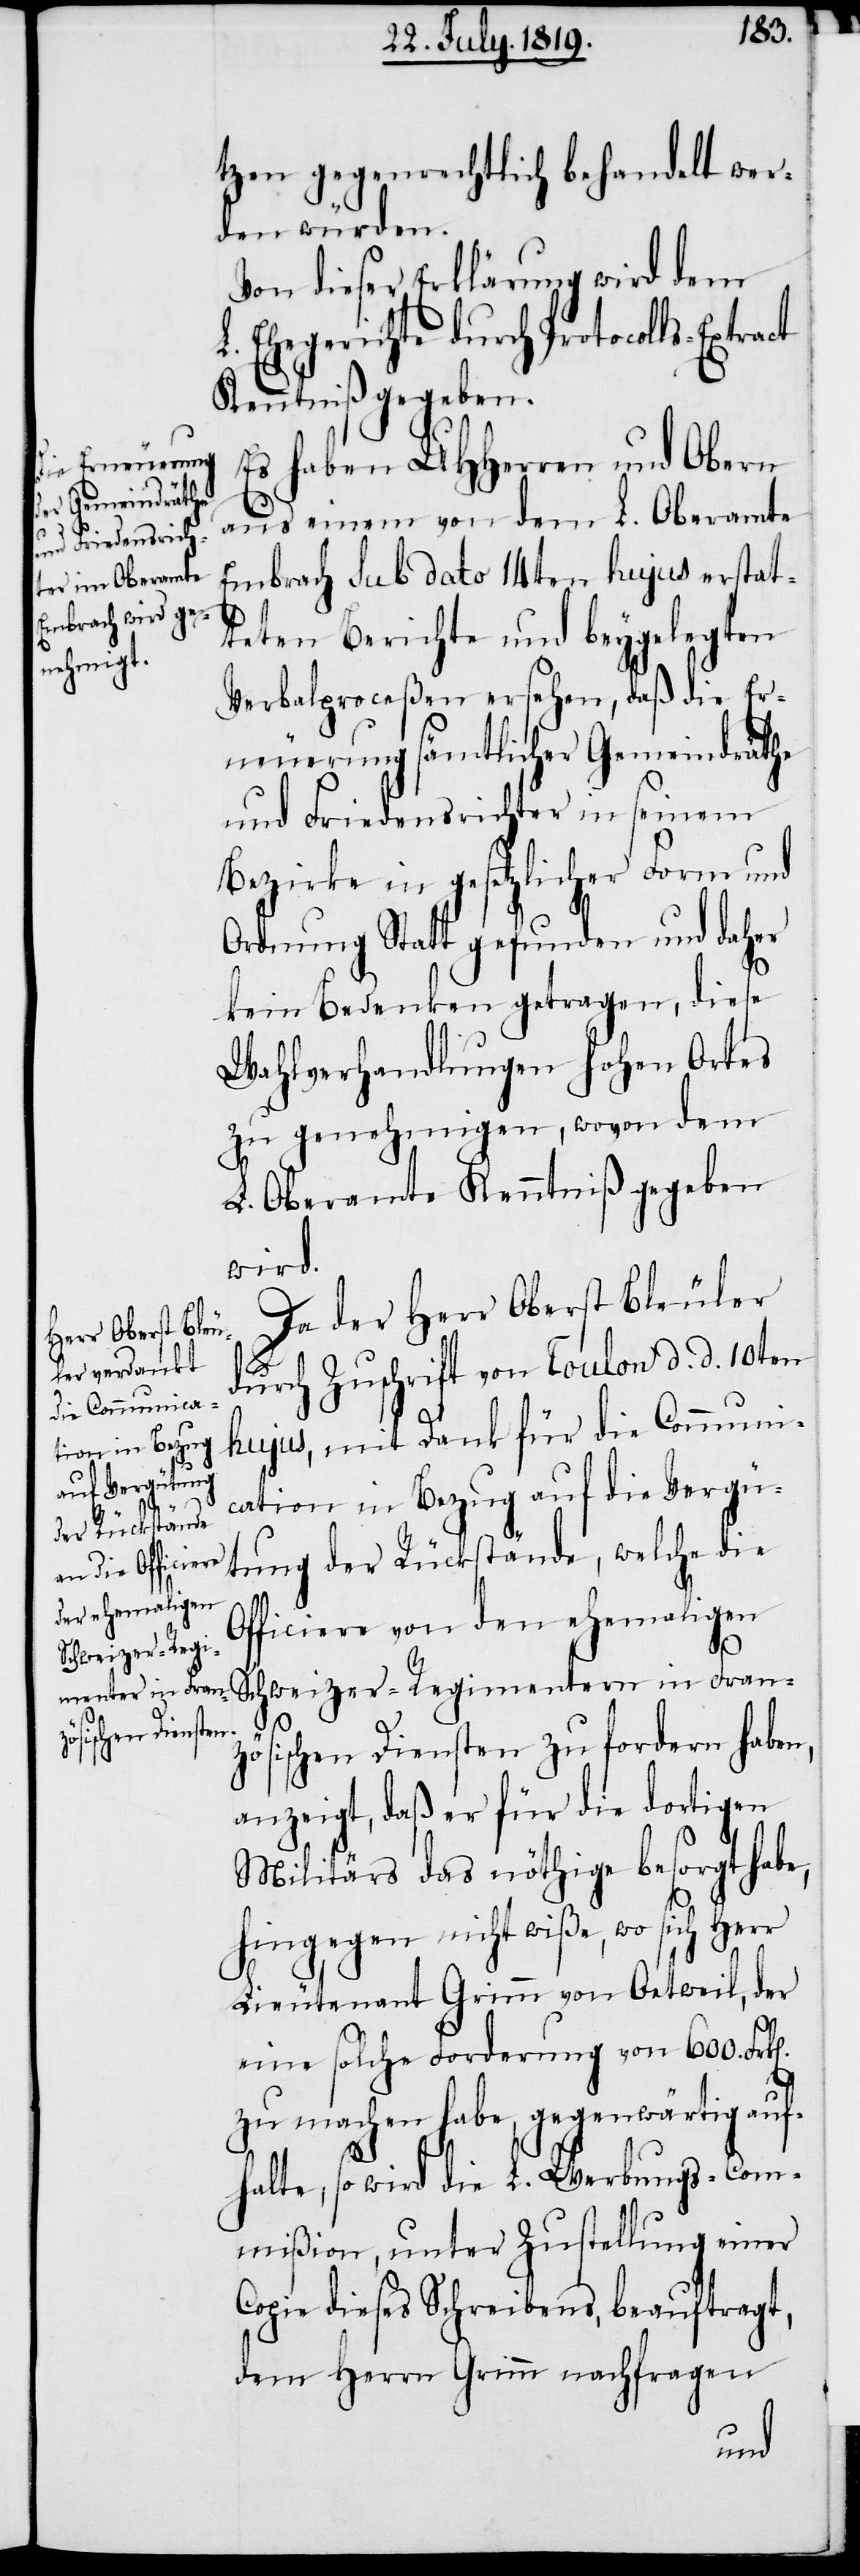
n].

tzen gegenrechtlich behandelt wer¬
den würden.
Von dieser Erklärung wird dem
L. Ehegerichte durch Protocolls-Extract
Kenntniß gegeben.
Es haben UHHerren und Obern
aus einem von dem L. Oberamte
Embrach sub dato 14ten hujus erstat¬
teten Berichte und beygelegten
Verbalproceßen ersehen, daß die Er¬
neuerung sämtlicher Gemeindräthe
und Friedensrichter in seinem
Bezirke in gesetzlicher Form und
Ordnung Statt gefunden und daher
kein Bedenken getragen, diese
Wahlverhandlungen hohen Ortes
zu genehmigen, wovon dem
L. Oberamte Kenntniß gegeben
wird.
Da der Herr Oberst Bläuler
durch Zuschrift von Toulon d. d. 10ten
hujus, mit Dank für die Communi¬
cation in Bezug auf die Vergü¬
tung der Rückstände, welche die
Officiere von den ehemaligen
Schweizer-Regimentern in Fran¬
zösischen Diensten zu fordern haben,
anzeigt, daß er für die dortigen
Militärs das nöthige besorgt habe,
hingegen nicht wiße, wo sich Herr
Lieutenant Grimm von Oetweil, der
eine solche Forderung von 600. Frk[e¬
zu machen habe, gegenwärtig auf¬
halte, so wird die L. Werbungs-Com¬
mißion, unter Zustellung einer
Copie dieses Schreibens, beauftragt,
dem Herrn Grimm nachfragen